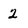
Character: 2